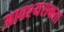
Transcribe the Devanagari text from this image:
आवश्यसकता